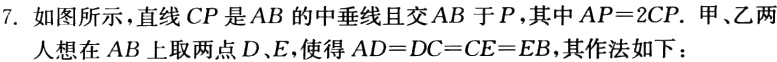
7. 如图所示，直线 \(CP\) 是 \(AB\) 的中垂线且交 \(AB\) 于 \(P\)，其中 \(AP = 2CP\). 甲、乙两人想在 \(AB\) 上取两点 \(D\)、\(E\)，使得 \(AD=DC = CE=EB\)，其作法如下：